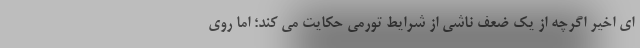
ای اخیر اگرچه از یک ضعف ناشی از شرایط تورمی حکایت می کند؛ اما روی